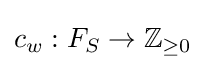
c_{w}:F_{S}\to \mathbb {Z} _{\geq 0}